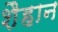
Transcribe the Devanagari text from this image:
शैहान